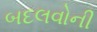
બદલવોની